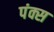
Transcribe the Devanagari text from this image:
पंक्स